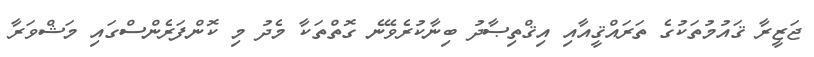
ޖަޒީރާ ޤައުމުތަކުގެ ތަރައްޤީއާއި އިޤްތިޞާދު ބިނާކުރެވޭނެ ގޮތްތަކާ މެދު މި ކޮންފަރެންސްގައި މަޝްވަރާ